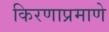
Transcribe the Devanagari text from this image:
किरणाप्रमाणे